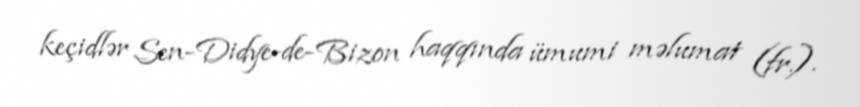
keçidlər Sen-Didye-de-Bizon haqqında ümumi məlumat (fr.).